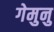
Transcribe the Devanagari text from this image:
गेमुनु